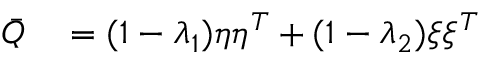
\begin{array} { r l } { \bar { Q } } & { { } = ( 1 - \lambda _ { 1 } ) \eta \eta ^ { T } + ( 1 - \lambda _ { 2 } ) \xi \xi ^ { T } } \end{array}